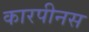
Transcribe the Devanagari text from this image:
कारपीनस